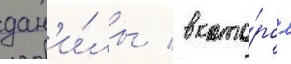
дан'и́лы / в кото́ром